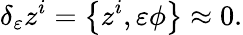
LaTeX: \delta_{\varepsilon}z^{i}=\left\{ z^{i},\varepsilon\phi\right\} \approx 0.